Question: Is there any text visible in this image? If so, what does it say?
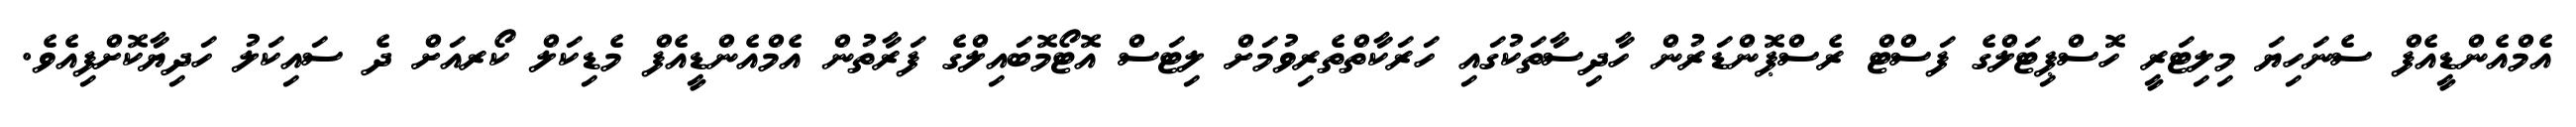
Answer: އެމްއެންޑީއެފް ސެނަހިޔަ މިލިޓަރީ ހޮސްޕިޓަލްގެ ފަސްޓް ރެސްޕޮންޑަރުން ހާދިސާތަކުގައި ހަރަކާތްތެރިވުމަށް ލިޓަސް އޮޓޯމޮބައިލްގެ ފަރާތުން އެމްއެންޑީއެފް މެޑިކަލް ކޯރއަށް ދެ ސައިކަލު ހަދިޔާކޮށްފިއެވެ.